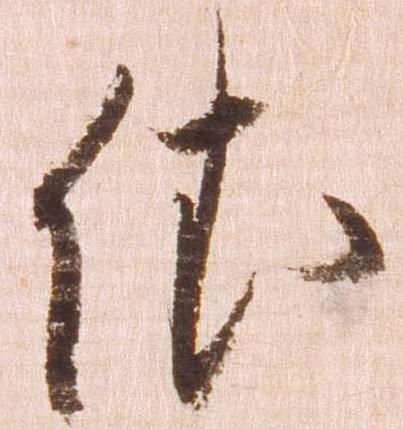
依